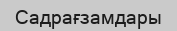
Садрағзамдары